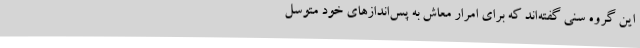
این گروه سنی گفته‌اند که برای امرار معاش به پس‌اندازهای خود متوسل